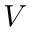
V